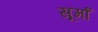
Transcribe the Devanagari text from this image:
सूर्मा